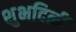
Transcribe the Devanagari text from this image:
शुभदिनीं